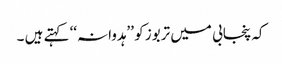
کہ پنجابی میں تربوز کو ’’ہدوانہ‘‘ کہتے ہیں ۔